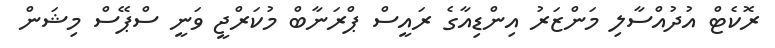
ރޮކެޓް އުދުއްސާލި މަންޒަރު އިންޑިއާގެ ރައީސް ޕްރަނާބް މުކަރްޖީ ވަނީ ސްޕޭސް މިޝަން